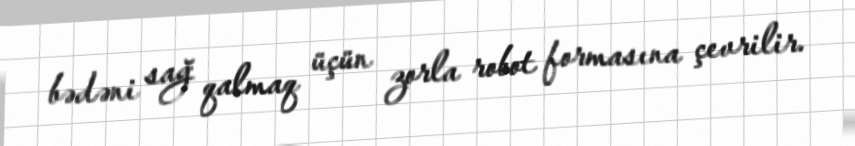
bədəni sağ qalmaq üçün zorla robot formasına çevrilir.